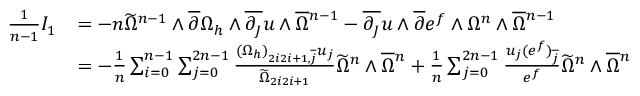
\begin{array} { r l } { \frac { 1 } { n - 1 } I _ { 1 } } & { = - n \widetilde { \Omega } ^ { n - 1 } \wedge \overline { { \partial } } \Omega _ { h } \wedge \overline { { \partial _ { J } } } u \wedge \overline { { \Omega } } { \mathstrut } ^ { n - 1 } - \overline { { \partial _ { J } } } u \wedge \overline { { \partial } } e ^ { f } \wedge \Omega ^ { n } \wedge \overline { { \Omega } } { \mathstrut } ^ { n - 1 } } \\ & { = - \frac { 1 } { n } \sum _ { i = 0 } ^ { n - 1 } \sum _ { j = 0 } ^ { 2 n - 1 } \frac { ( \Omega _ { h } ) _ { 2 i 2 i + 1 , \overline { { j } } } u _ { j } } { \widetilde { \Omega } _ { 2 i 2 i + 1 } } \widetilde { \Omega } ^ { n } \wedge \overline { { \Omega } } { \mathstrut } ^ { n } + \frac { 1 } { n } \sum _ { j = 0 } ^ { 2 n - 1 } \frac { u _ { j } ( e ^ { f } ) _ { \overline { { j } } } } { e ^ { f } } \widetilde { \Omega } ^ { n } \wedge \overline { { \Omega } } { \mathstrut } ^ { n } } \end{array}